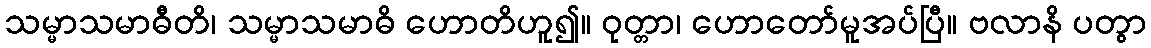
သမ္မာသမာဓီတိ၊ သမ္မာသမာဓိ ဟောတိဟူ၍။ ဝုတ္တာ၊ ဟောတော်မူအပ်ပြီ။ ဗလာနိ ပတွာ